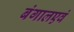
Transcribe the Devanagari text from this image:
बंगालएवं